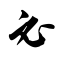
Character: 必